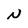
Character: N